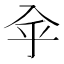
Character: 𠓧